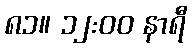
၈၁။ ၁၂:၀၀ နာရီ